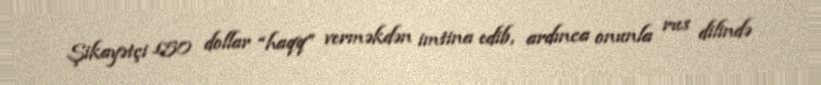
Şikayətçi 150 dollar “haqq” verməkdən imtina edib, ardınca onunla rus dilində